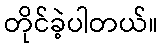
တိုင်ခဲ့ပါတယ်။